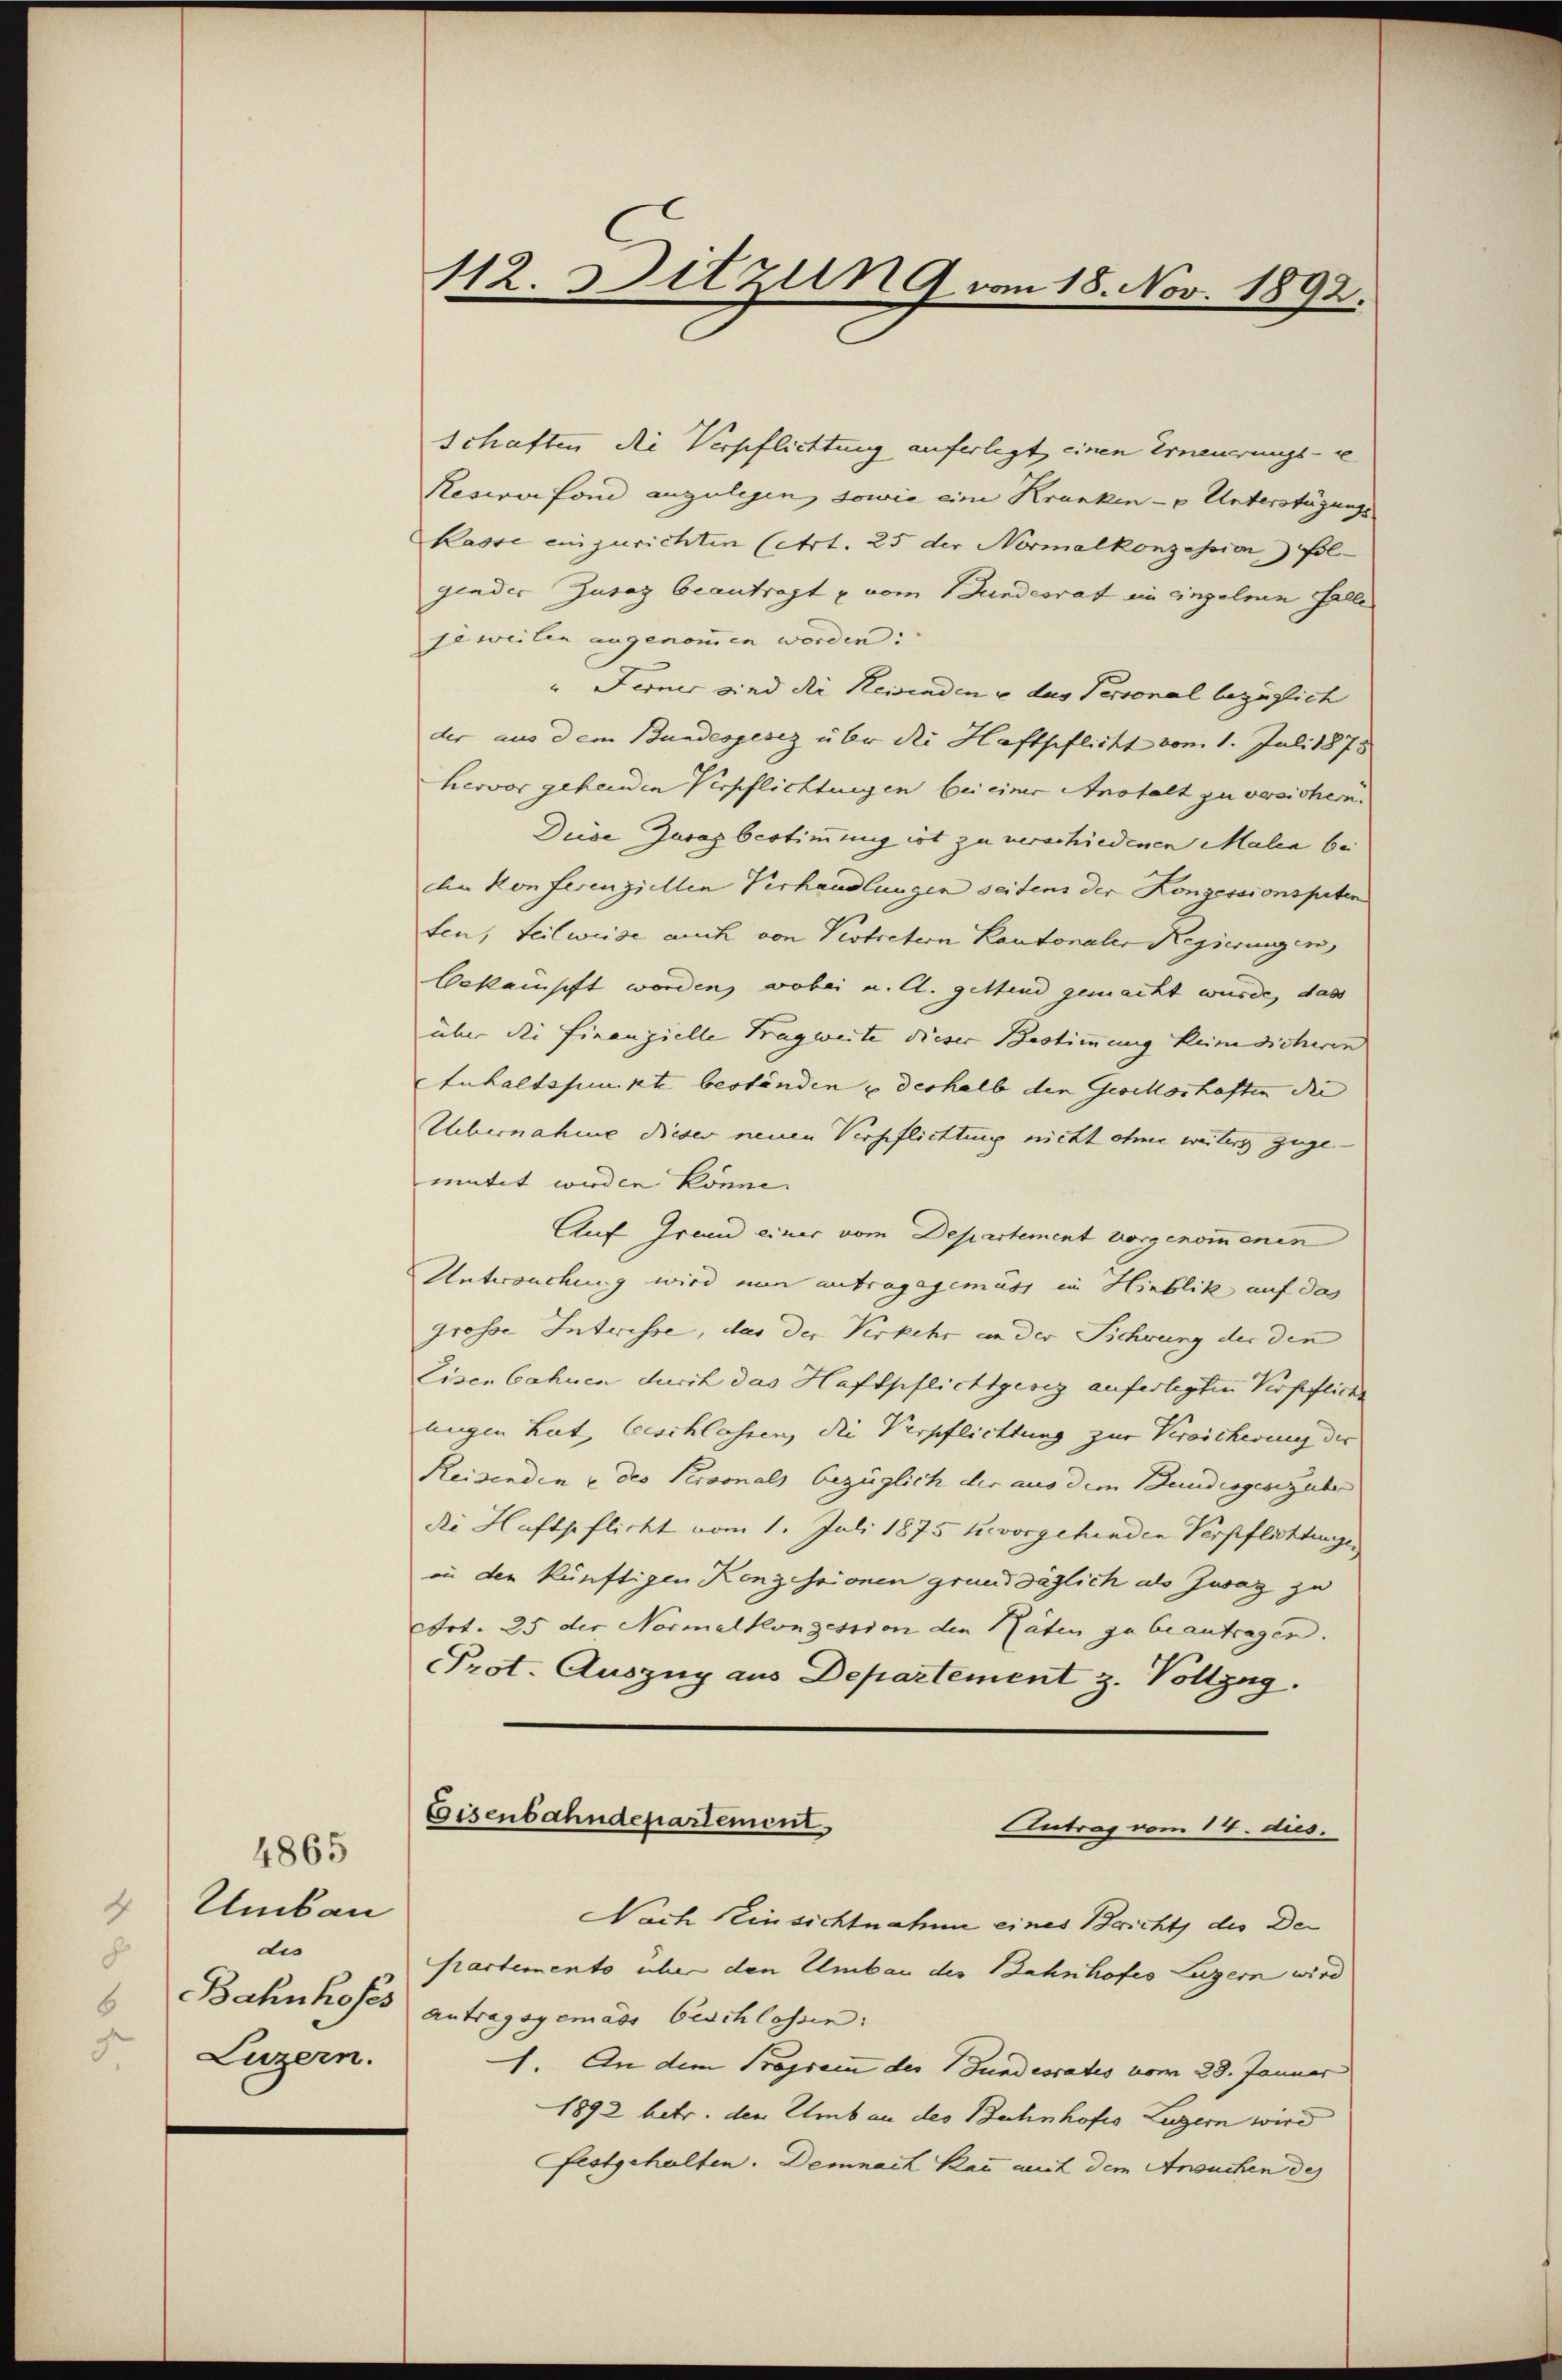
4865
2 Umbau
de
8
6
Luzern.

112. Sitzung vom 18. Nov. 1892.

Schaften die Verpflichtung auferlegt einen Erneuerungs- u
Reservefond anzulegen, sowie eine Kranken - u Unterstüzungs-
kasse einzurichten (Art. 25 der Normalkonzession fol-
gender Zusaz beantragt u vom Bundesrat ein einzelnen Falle
jeweilen angenommen worden:
" Ferner sind die Reisenden u das Personal bezüglich
der aus dem Bundesgesez über die Haftpflicht vom 1. Juli 1878
hervor gehenden Verpflichtungen bei einer Anstalt zu versichen.
Diese Juras bestimmung ist zu verschiedenen Malen bei
die Konferenziellen Verhandlungen seiten der Konzessionspeten
ten, teilweise auch von Vertretern Kantonaler Regierungen,
bekampft worden, wobei u. Cl. geltend gemacht wurde, das
über die Finanzielle Tragweite dieser Bestimmung keine dicheren
Inhaltspunkte beständen u deshalb den Gevikoshaften die
Uebernahme dieser neuen Verpflichtung nicht ohner weiters zuge-
mutet werden könne.
Auf Grund einer vom Departement vorgenommenen
Untersuchung wird nun antragsgemäss in Hinblik auf das
grosse Interisse, das der Verkehr an der Sichrung der den
Eisenbahnen durch das Haftpflichtgesez auferlegten Verpfliche
ungen hat, beschlassen, die Verpflichtung zur Versicherung der
Reisenden u des Personals bezüglich der aus dem Bundesgeseguber
die Haftpflicht vom 1. Juli 1875 hevorgehenden Verpflichtunge
in der künftigen Konzessionen grundsäglich als Zwag zu
Art. 25 der Normalkonsession den Räten zu beantragen.
Prot. Auszug aus Departement z. Vollzug.
Eisenbahndepartement
Antrag vom 14. dies.
Nach Hinsichtnahme eines Bericht der Der
partemento über den Umbau der Bahnhofes Luzern wird
Bahnhofes antragsgemäss beschlossen:
1. An dem Programm der Fundesrates vom 28. Januar
1892 betr. den Ehrub an der Bahnhofes Luzern wird
festgehalten. Demnach kan mit dem Ansuchen des